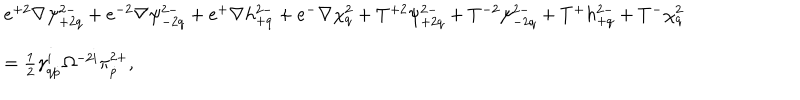
\begin{array} { l } { { e ^ { + 2 } \nabla \psi _ { + 2 q } ^ { 2 - } + e ^ { - 2 } \nabla \psi _ { - 2 q } ^ { 2 - } + e ^ { + } \nabla h _ { + q } ^ { 2 - } + e ^ { - } \nabla \chi _ { q } ^ { 2 } + T ^ { + 2 } \psi _ { + 2 q } ^ { 2 - } + T ^ { - 2 } \psi _ { - 2 q } ^ { 2 - } + T ^ { + } h _ { + q } ^ { 2 - } + T ^ { - } \chi _ { q } ^ { 2 } } } \\ { { = \frac 1 2 \gamma _ { q \dot { p } } ^ { i } \Omega ^ { - 2 i } \pi _ { \dot { p } } ^ { 2 + } , } } \\ \end{array}